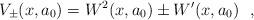
LaTeX: \begin{align*}V_{\pm}(x,a_0)=W^2(x,a_0) \pm W'(x,a_0)~~,\end{align*}